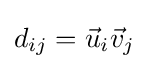
d_{ij}={\vec {u}}_{i}{\vec {v}}_{j}